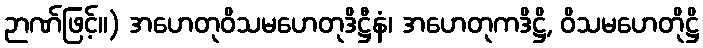
ဉာဏ်ဖြင့်။) အဟေတုဝိသမဟေတုဒိဋ္ဌီနံ၊ အဟေတုကဒိဋ္ဌိ, ဝိသမဟေတိုဋ္ဌိ